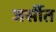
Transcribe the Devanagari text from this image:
जर्सीत